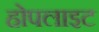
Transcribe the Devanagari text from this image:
होपलाइट